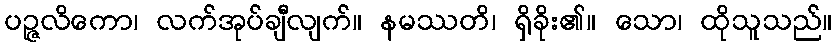
ပဉ္ဇလိကော၊ လက်အုပ်ချီလျက်။ နမဿတိ၊ ရှိခိုး၏။ သော၊ ထိုသူသည်။